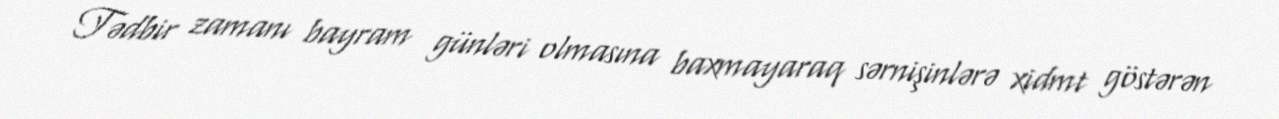
Tədbir zamanı bayram günləri olmasına baxmayaraq sərnişinlərə xidmt göstərən